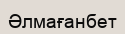
Әлмағанбет